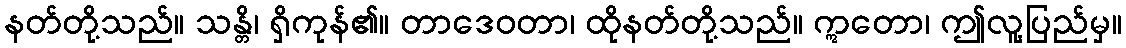
နတ်တို့သည်။ သန္တိ၊ ရှိကုန်၏။ တာဒေဝတာ၊ ထိုနတ်တို့သည်။ ဣတော၊ ဤလူ့ပြည်မှ။